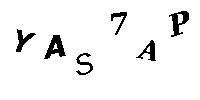
YAS7AP